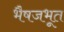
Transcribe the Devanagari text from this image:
भैषजभूत